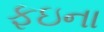
ફઇના